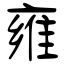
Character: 雍